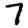
Digit: 7